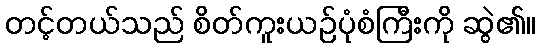
တင့်တယ်သည် စိတ်ကူးယဉ်ပုံစံကြီးကို ဆွဲ၏။